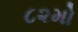
૮૨મો